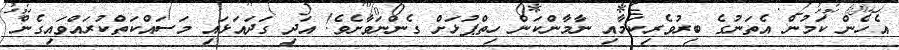
އެހެން ކަމުން އެތަނުގެ ބިރުވެރިކަމާއި ނާމާންކަން ހިތްޕުޅަށް ގެންނަވާށެވެ! އަދި ގަދައަޅައި މަސައްކަތްކުރައްވައިގެން